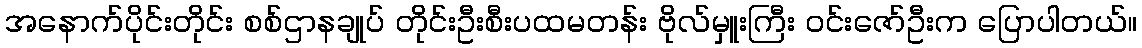
အနောက်ပိုင်းတိုင်း စစ်ဌာနချုပ် တိုင်းဦးစီးပထမတန်း ဗိုလ်မှူးကြီး ဝင်းဇော်ဦးက ပြောပါတယ်။